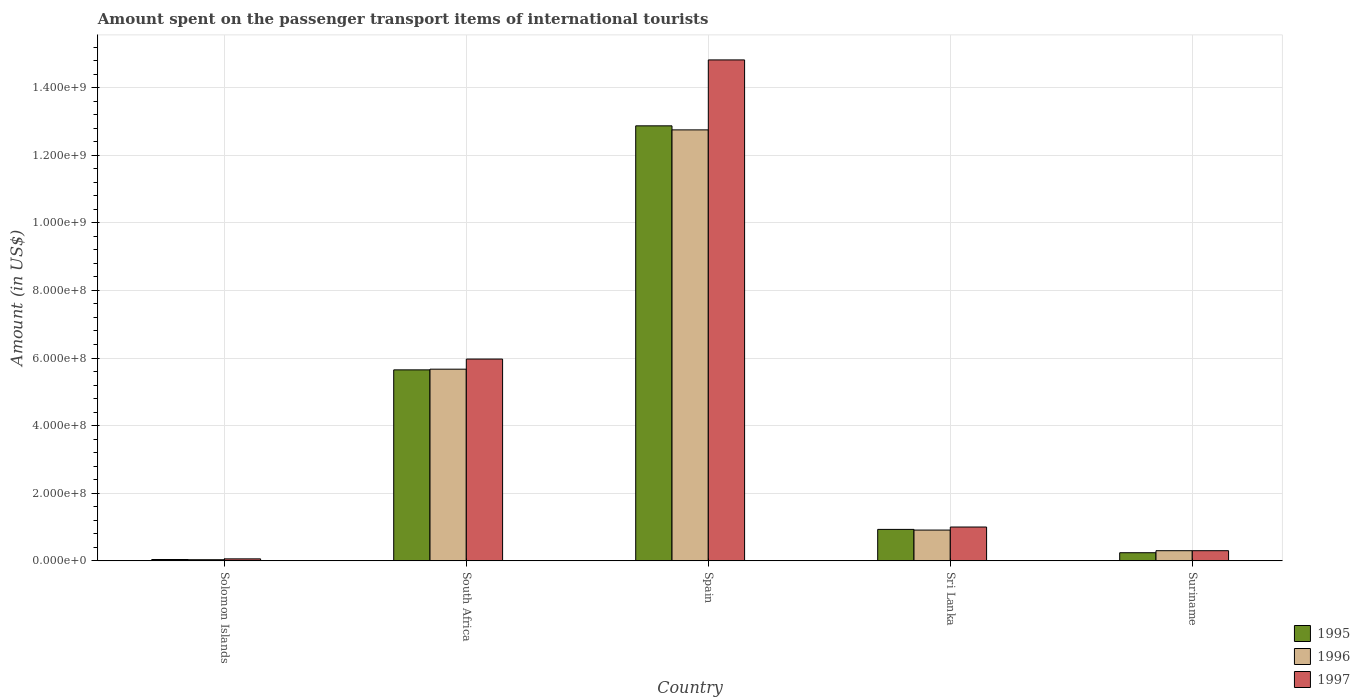
| Country | 1995 | 1996 | 1997 |
 | --- | --- | --- | --- |
 | Solomon Islands | 3.9e+06 | 3.3e+06 | 5.8e+06 |
 | South Africa | 5.65e+08 | 5.67e+08 | 5.97e+08 |
 | Spain | 1.29e+09 | 1.28e+09 | 1.48e+09 |
 | Sri Lanka | 9.3e+07 | 9.1e+07 | 1e+08 |
 | Suriname | 2.4e+07 | 3e+07 | 3e+07 |